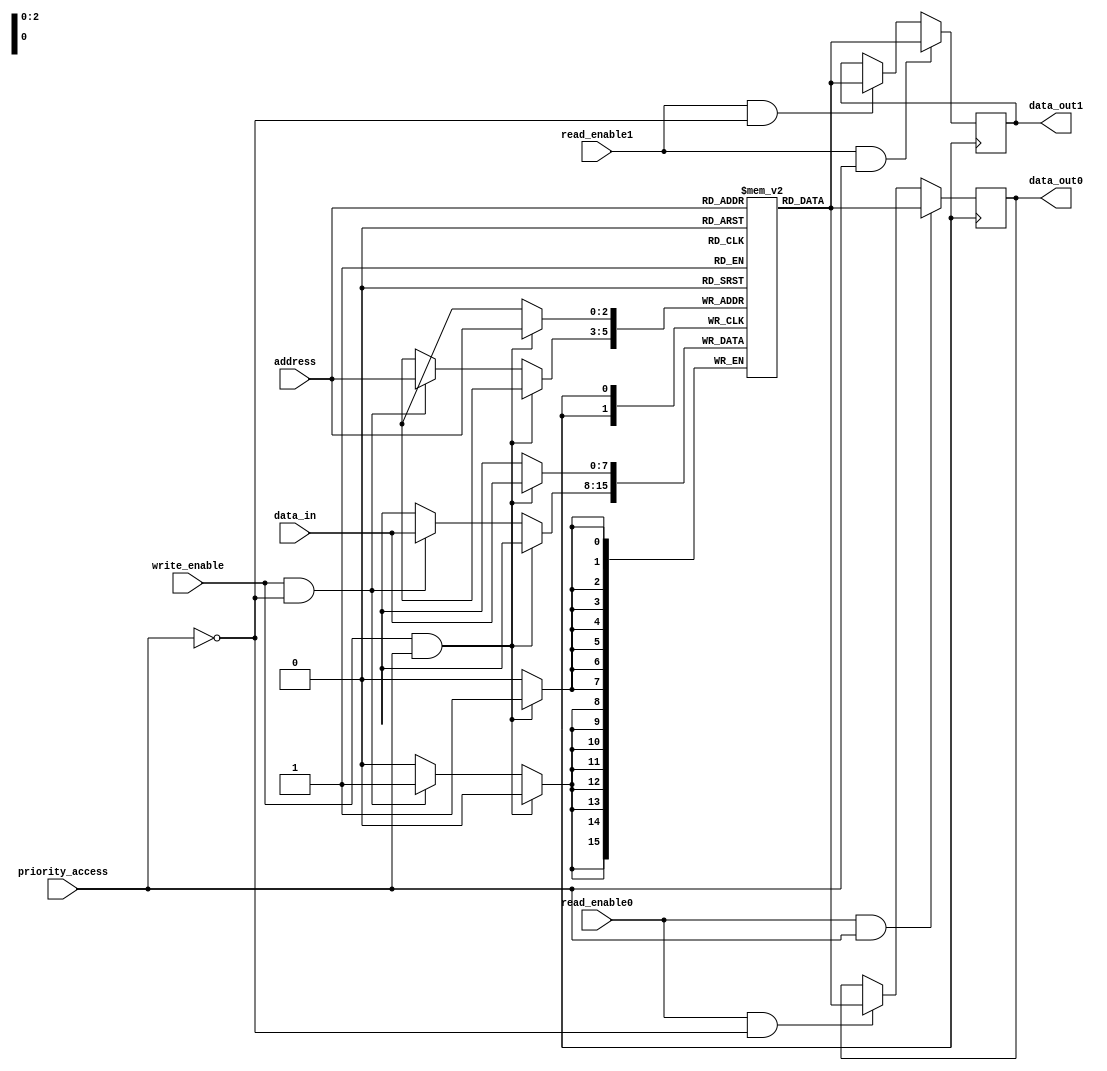
module dual_port_ram (
  input wire [7:0] data_in,
  input wire [2:0] address,
  input wire write_enable,
  input wire read_enable0,
  input wire read_enable1,
  input wire priority_access,
  output reg [7:0] data_out0,
  output reg [7:0] data_out1
);

reg [7:0] ram [7:0]; // 8x8 dual-port RAM
reg [7:0] data_out0_reg, data_out1_reg; // Output registers for data_out0 and data_out1

always @ (posedge clk) begin
  if (write_enable && priority_access) begin
    ram[address] <= data_in;
  end else if (write_enable && !priority_access) begin 
    ram[address] <= data_in;
  end

  if (read_enable0 && priority_access) begin
    data_out0_reg <= ram[address];
  end else if (read_enable0 && !priority_access) begin
    data_out0_reg <= ram[address];
  end

  if (read_enable1 && priority_access) begin
    data_out1_reg <= ram[address];
  end else if (read_enable1 && !priority_access) begin
    data_out1_reg <= ram[address];
  end
end

assign data_out0 = data_out0_reg;
assign data_out1 = data_out1_reg;

endmodule